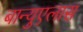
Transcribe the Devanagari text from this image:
बान्युएलास